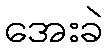
အေးခဲ